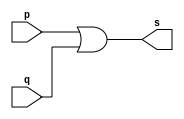
// ---------------------
// EXEMPLO 004 - OR
// Nome: Rodolfo Herman
// ---------------------


// -------------------------
// -- or gate
// -------------------------
module orgate ( output s,
input p, q);
assign s = p | q;
endmodule // orgate
// ---------------------
// -- test or gate
// ---------------------
module testorgate;
// ------------------------- dados locais
reg a, b; // definir registradores
wire s; // definir conexao (fio)
// ------------------------- instancia
orgate OR1 (s, a, b);
// ------------------------- preparacao
initial begin:start
// atribuicao simultanea
// dos valores iniciais
a=0; b=0;
end
// ------------------------- parte principal
initial begin
$display("Exemplo0004 - Rodolfo Herman - 451612");
$display("Test OR gate");
$display("\na | b = s\n");
a=0; b=0;
#1 $display("%b | %b = %b", a, b, s);
a=0; b=1;
#1 $display("%b | %b = %b", a, b, s);
a=1; b=0;
#1 $display("%b | %b = %b", a, b, s);
a=1; b=1;
#1 $display("%b | %b = %b", a, b, s);
end
endmodule // testorgate